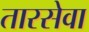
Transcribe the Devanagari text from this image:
तारसेवा